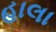
હાલા